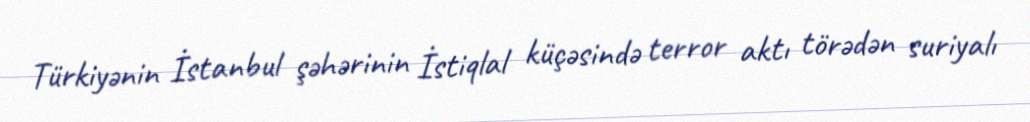
Türkiyənin İstanbul şəhərinin İstiqlal küçəsində terror aktı törədən suriyalı